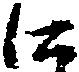
に